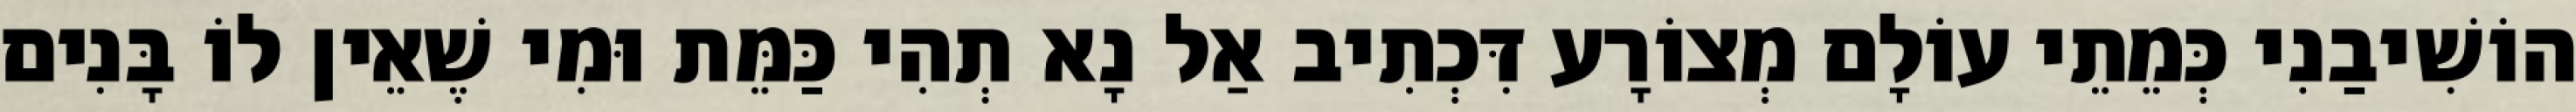
הוֹשִׁיבַנִי כְּמֵתֵי עוֹלָם מְצוֹרָע דִּכְתִיב אַל נָא תְהִי כַּמֵּת וּמִי שֶׁאֵין לוֹ בָּנִים